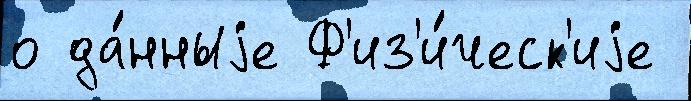
о да́нныjе Ф'из'и́ческ'иjе